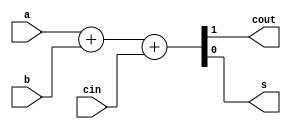
`timescale 1ns / 1ps
    /********************************************************************* 
* Module: FA_1bit.v 
* Project: RISV_Processor 
*           Kareem A. Mohammed Talaat - kareemamr213@aucegypt.edu
*           Kirolos M. Mikhail - kirolosmorcos237@aucegypt.edu
* 
* Description: 1 bit full adder
*
* Change history: 10/25/21  Modified file to follow code guidelines 
* 
**********************************************************************/ 
module adder(
    input cin,
    input a,
    input b,
    output cout,
    output s
);
    assign {cout,s} = a + b + cin;
endmodule